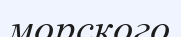
морского